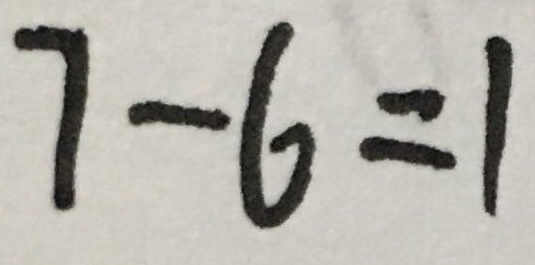
7 - 6 = 1